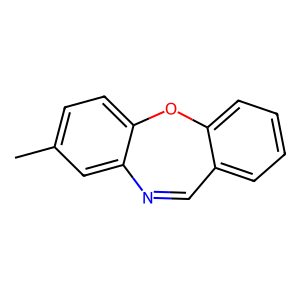
SMILES: Cc1ccc2c(c1)N=Cc1ccccc1O2
Inhibits HIV replication: No